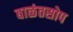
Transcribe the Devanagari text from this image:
बाळंतसोप